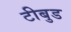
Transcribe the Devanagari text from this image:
टीबुड